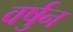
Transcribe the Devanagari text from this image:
वर्षुन